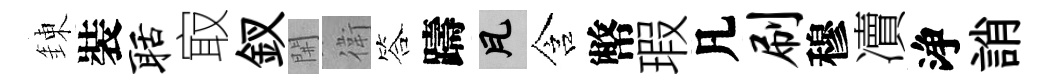
錬裝聒㝡釵𨳩衛答躊瓦含幣瑕凡刷穆凟浄誚